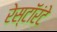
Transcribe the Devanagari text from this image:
रेस्टॉरंटे